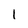
Character: l